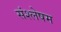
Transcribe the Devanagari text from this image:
संश्लेषम